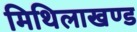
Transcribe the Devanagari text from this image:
मिथिलाखण्ड